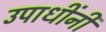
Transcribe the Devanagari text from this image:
उपाधींनी